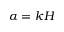
\alpha = k H